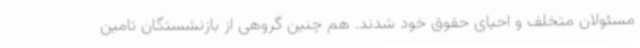
مسئولان متخلف و احیای حقوق خود شدند. هم چنین گروهی از بازنشستگان تامین